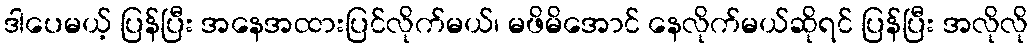
ဒါပေမယ့် ပြန်ပြီး အနေအထားပြင်လိုက်မယ်၊ မဖိမိအောင် နေလိုက်မယ်ဆိုရင် ပြန်ပြီး အလိုလို